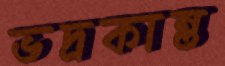
ভদ্রকান্ত